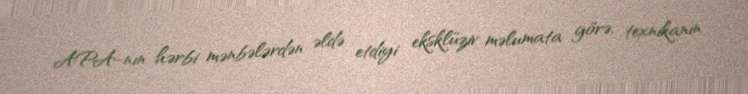
APA-nın hərbi mənbələrdən əldə etdiyi eksklüziv məlumata görə, texnikanın